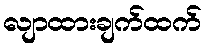
လျာထားချက်ထက်